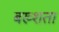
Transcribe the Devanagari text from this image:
बख्शता